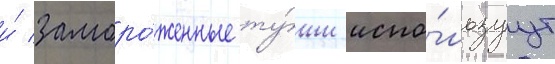
и́ заморо́женные ту́ши испо́льзуут